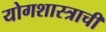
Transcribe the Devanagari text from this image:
योगशास्त्राची